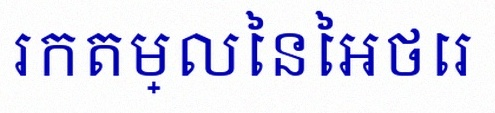
រកតម្លៃនៃអថេរ